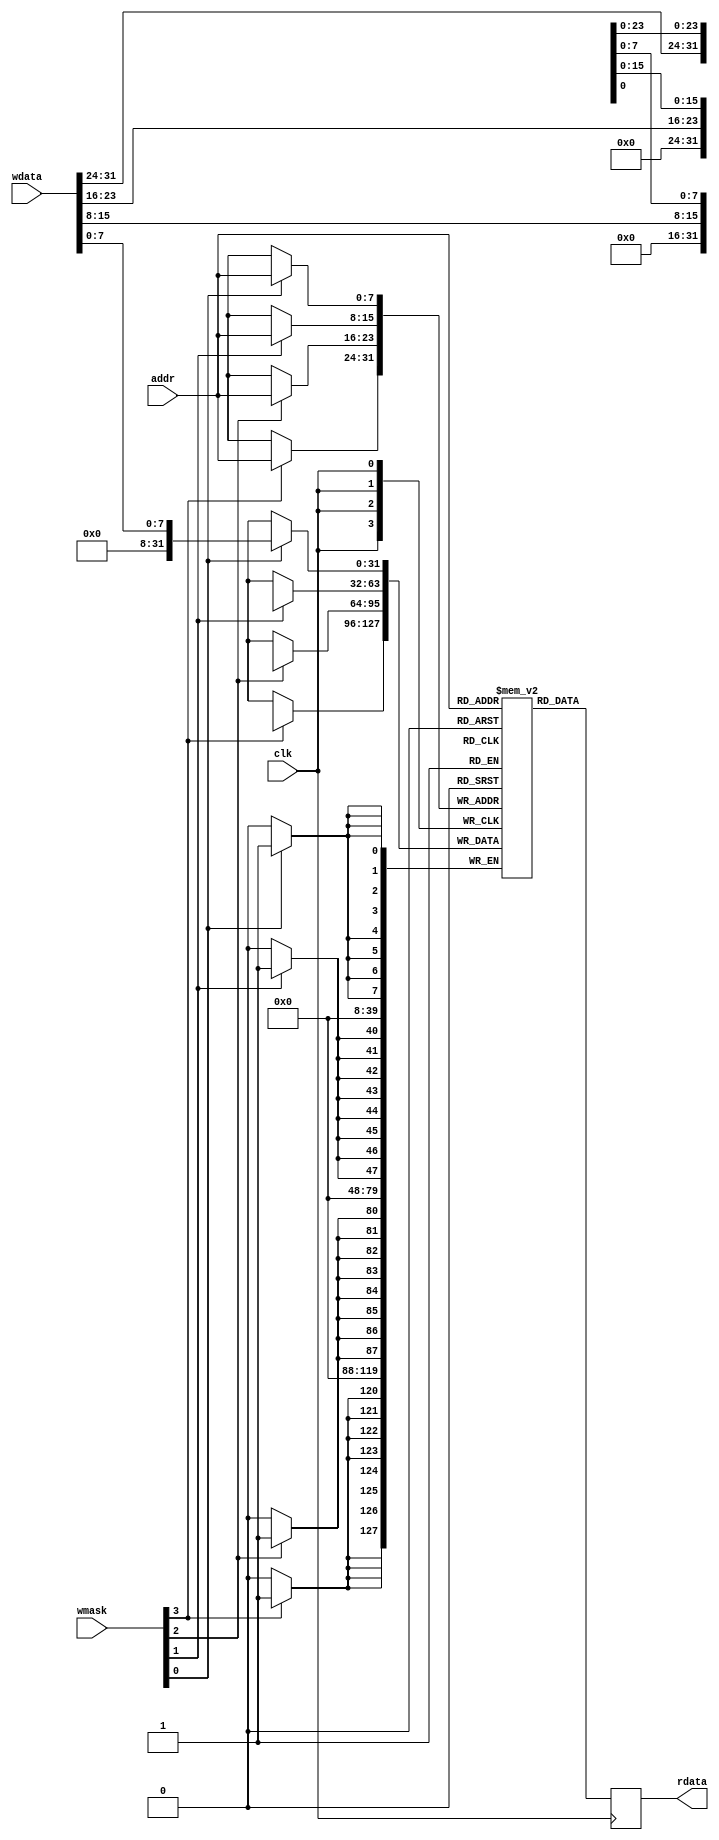
/*
 *  kianv.v - a simple RISC-V rv32i
 *
 *  copyright (c) 2022 hirosh dabui <hirosh@dabui.de>
 *
 *  permission to use, copy, modify, and/or distribute this software for any
 *  purpose with or without fee is hereby granted, provided that the above
 *  copyright notice and this permission notice appear in all copies.
 *
 *  the software is provided "as is" and the author disclaims all warranties
 *  with regard to this software including all implied warranties of
 *  merchantability and fitness. in no event shall the author be liable for
 *  any special, direct, indirect, or consequential damages or any damages
 *  whatsoever resulting from loss of use, data or profits, whether in an
 *  action of contract, negligence or other tortious action, arising out of
 *  or in connection with the use or performance of this software.
 *
 */
`default_nettype none `timescale 1 ns / 100 ps
module bram #(
        parameter integer WIDTH = 8,
        parameter INIT_FILE = "",
        parameter SHOW_FIRMWARE = 0
    ) (
        input wire clk,
        input wire [WIDTH -1:0] addr,
        input wire [31:0] wdata,
        output reg [31:0] rdata,
        input wire [3:0] wmask
    );
    reg [31:0] mem[0:(1<<WIDTH) -1];

    integer i;
    always @(posedge clk) begin

        for (i = 0; i < 4; i = i + 1) begin
            if (wmask[i]) mem[addr][8*i +: 8] <= wdata[8*i +: 8];
        end

        rdata <= mem[addr];

    end

endmodule